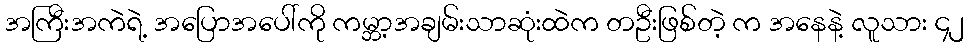
အကြီးအကဲရဲ့ အပြောအပေါ်ကို ကမ္ဘာ့အချမ်းသာဆုံးထဲက တဦးဖြစ်တဲ့ က အနေနဲ့ လူသား ၄၂